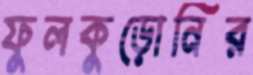
ফুলকুড়োনির